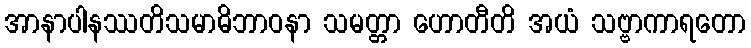
အာနာပါနဿတိသမာဓိဘာဝနာ သမတ္တာ ဟောတီတိ အယံ သဗ္ဗာကာရတော